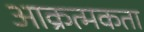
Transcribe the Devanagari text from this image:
आक्रत्मकता